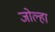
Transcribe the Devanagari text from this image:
जोल्हा